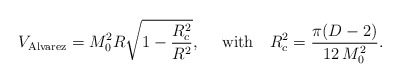
\begin{align*}V_{\rm Alvarez}=M_0^2 R \sqrt{1-\frac{R_c^2}{R^2}},~~~~{\rm with}~~~R_c^2=\frac{\pi(D-2)}{12\,M_0^2}.\end{align*}